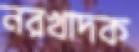
নরখাদক